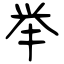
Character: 举